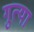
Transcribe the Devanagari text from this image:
गुत्या